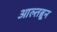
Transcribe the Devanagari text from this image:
आल्तब्रून